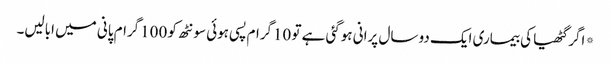
*اگر گٹھیا کی بیماری ایک دو سال پرانی ہوگئی ہے تو 10گرام پسی ہوئی سونٹھ کو 100گرام پانی میں ابالیں۔